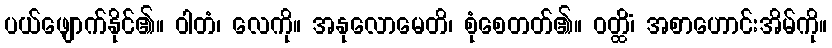
ပယ်ဖျောက်နိုင်၏။ ဝါတံ၊ လေကို။ အနုလောမေတိ၊ စုံစေတတ်၏။ ဝတ္ထိံ၊ အစာဟောင်းအိမ်ကို။